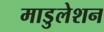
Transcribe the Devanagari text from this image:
माडुलेशन